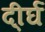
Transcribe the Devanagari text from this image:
दी्र्घ